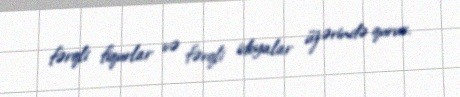
fərqli fiqurlar və fərqli ideyalar üzərində qurur.